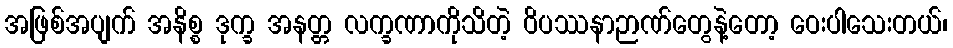
အဖြစ်အပျက် အနိစ္စ ဒုက္ခ အနတ္တ လက္ခဏာကိုသိတဲ့ ဝိပဿနာဉာဏ်တွေနဲ့တော့ ဝေးပါသေးတယ်၊